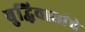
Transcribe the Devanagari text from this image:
बुद्धिवाद्यांचे